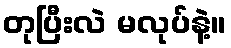
တုပြီးလဲ မလုပ်နဲ့။